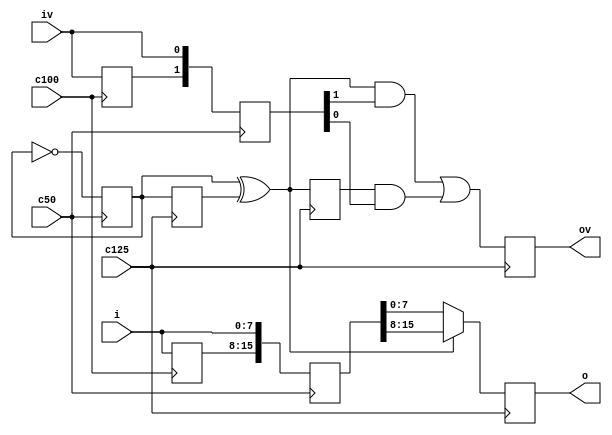
module cdc_100_125
  (
   input             c100, c125, c50,
   input [NB-1:0]    i, 
   input             iv, 
   output reg [NB-1:0] o,
   output reg  ov = 0);
   parameter integer NB=8;
   reg [NB-1:0] iprev;
   reg 		ivprev = 0;
   always @ (posedge c100)
     begin
	iprev <= i;
	ivprev <= iv;
     end
   reg [NB*2-1:0] i_50;
   reg [1:0] 	  iv_50 = 0;
   reg 		  t_50 = 0;
   always @ (posedge c50)
     begin
	t_50 <= ~t_50;
	i_50 <= {iprev, i};
	iv_50 <= {ivprev, iv};
     end
   reg tprev_125 = 0;
   wire v_125 = t_50 ^ tprev_125;
   reg vprev_125 = 0;
   always @ (posedge c125)
     begin
	tprev_125 <= t_50;
	vprev_125 <= v_125;
	ov <= (v_125 && iv_50[1]) || (vprev_125 && iv_50[0]);
	o <= (v_125) ? i_50[2*NB-1:NB] : i_50[NB-1:0];
     end
   initial
     begin
        $dumpfile("dump.vcd");
        $dumpvars(0);
     end
endmodule